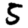
Digit: 5